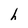
Character: h